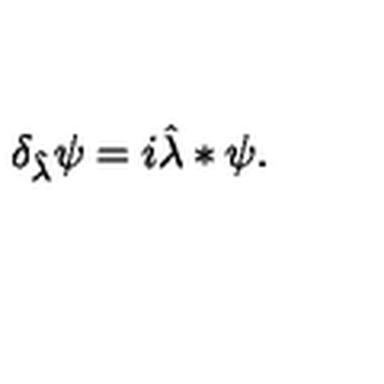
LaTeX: \delta _ { \hat { \lambda } } \psi = i \hat { \lambda } \ast \psi .